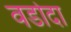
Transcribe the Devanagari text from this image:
वडोदा